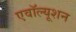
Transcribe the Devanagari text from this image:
एवॉल्यूशन